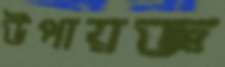
উপায়জ্ঞ